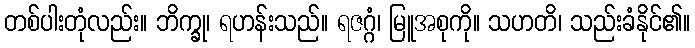
တစ်ပါးတုံလည်း။ ဘိက္ခု၊ ရဟန်းသည်။ ရဇဂ္ဂံ၊ မြူအစုကို။ သဟတိ၊ သည်းခံနိုင်၏။